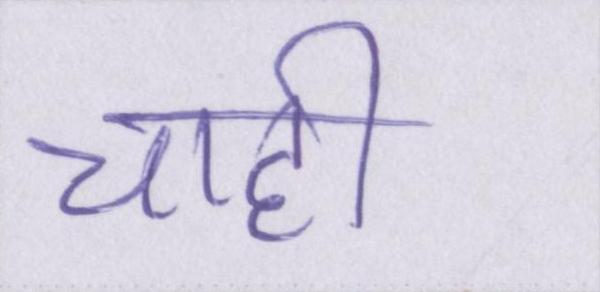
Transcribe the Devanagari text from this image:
चाही